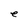
Character: e